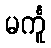
မင်္ကူ